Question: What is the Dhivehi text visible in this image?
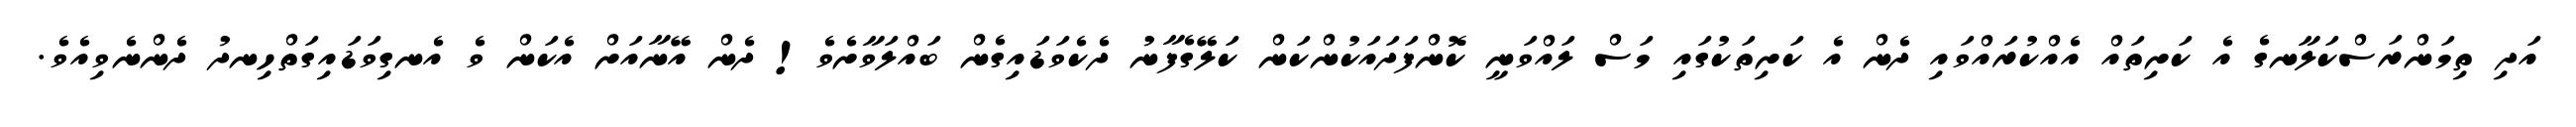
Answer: އަދި ތިމަންރަސްކަލާނގެ އެ ކަށިތައް އެއްކުރައްވައި ދެން އެ ކަށިތަކުގައި މަސް ލައްވަނީ ކޮންފަދައަކުންކަން ކަލޭގެފާނު ދެކެވަޑައިގެން ބައްލަވާށެވެ! ދެން އޭނާއަށް އެކަން ވެ އެނގިވަޑައިގަތްހިނދު ދެންނެވިއެވެ.